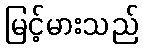
မြင့်မားသည်